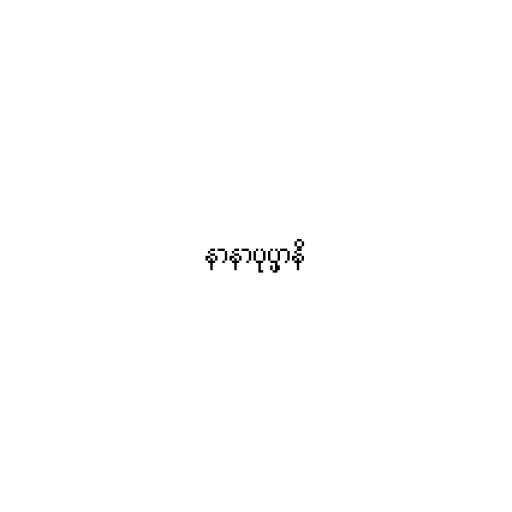
နာနာပုပ္ဖာနိ